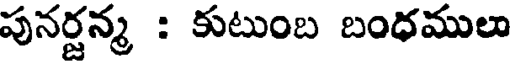
పునర్జన్మ : కుటుంబ బంధములు